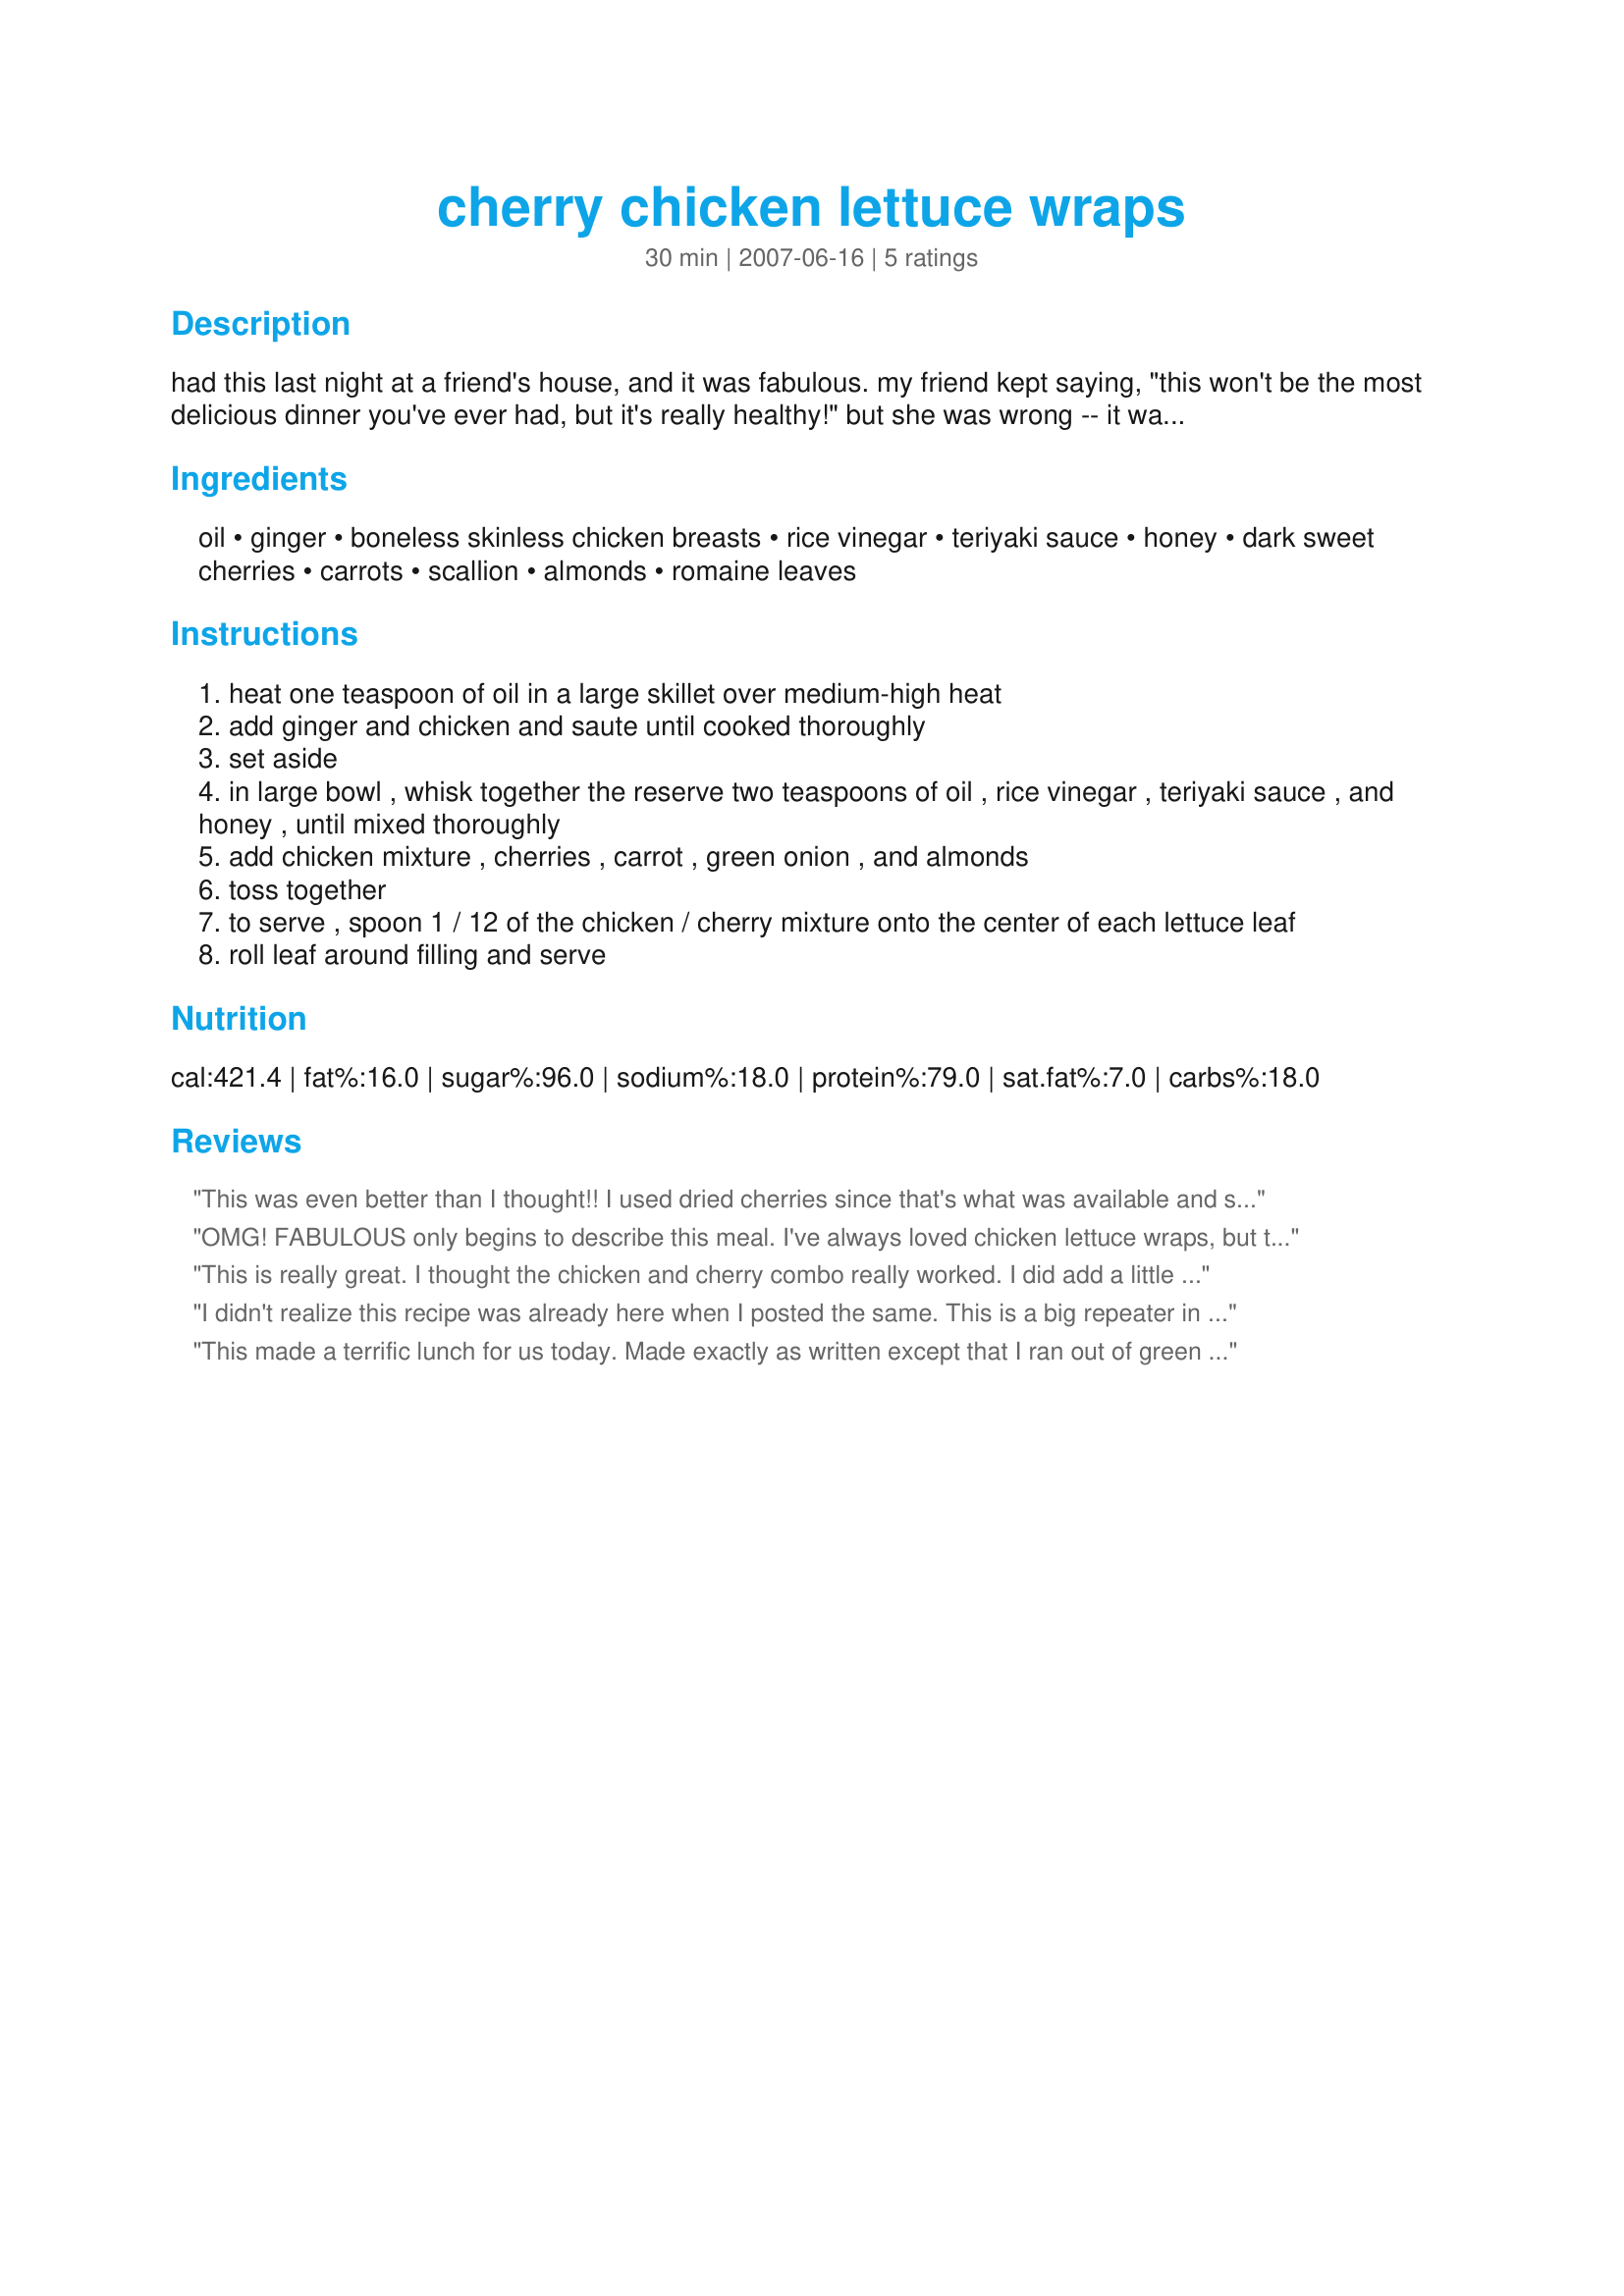
cherry chicken lettuce wraps
Preparation time: 30 minutes

had this last night at a friend's house, and it was fabulous. my friend kept saying, "this won't be the most delicious dinner you've ever had, but it's really healthy!" but she was wrong -- it was delicious. if you want to lighten the recipe, use cooking spray instead of oil, and use water chestnuts instead of almonds.

Ingredients:
oil, ginger, boneless skinless chicken breasts, rice vinegar, teriyaki sauce, honey, dark sweet cherries, carrots, scallion, almonds, romaine leaves

Steps:
heat one teaspoon of oil in a large skillet over medium-high heat
add ginger and chicken and saute until cooked thoroughly
set aside
in large bowl , whisk together the reserve two teaspoons of oil , rice vinegar , teriyaki sauce , and honey , until mixed thoroughly
add chicken mixture , cherries , carrot , green onion , and almonds
toss together
to serve , spoon 1 / 12 of the chicken / cherry mixture onto the center of each lettuce leaf
roll leaf around filling and serve

Reviews:
This was even better than I thought!! I used dried cherries since that's what was available and sesame oil for the sauce instead of regular oil, and it really gave it a nice Asian flavor with the ginger. We added some flax seeds for dietary reasons, and they went well, as would sesame seeds (yes, I love sesame...). I was a little concerned that this would be too sweet for my other half with the cherries, but it wasn't because they added such a great almost tart/sweet taste. We both loved this so much, and it makes eating healthier taste so very, very good! Thank you for sharing this.
OMG! FABULOUS only begins to describe this meal. I've always loved chicken lettuce wraps, but the cherries make it unique.
This is really great. I thought the chicken and cherry combo really worked. I did add a little minced ginger to the dressing. And I used butter lettuce. Thanks!
I didn't realize this recipe was already here when I posted the same. This is a big repeater in our house during fresh cherry season. I also add a little red pepper flakes to ours.
This made a terrific lunch for us today. Made exactly as written except that I ran out of green onions making another recipe so we didn't use them in this. My favorite part was the toasted almonds...really made it extra nice and had a good crunch. I'm terrible with wraps so I just ate mine on a bed of lettuce. Next time I think I will add some celery and garlic. Also, I will season the chicken with salt when cooking. A fabulous recipe that the whole family enjoyed. Thanks for sharing. Made for ZWT3
